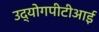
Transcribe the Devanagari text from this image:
उद्योगपीटीआई